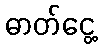
ဓာတ်ငွေ့